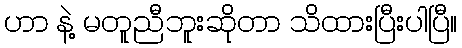
ဟာ နဲ့ မတူညီဘူးဆိုတာ သိထားပြီးပါပြီ။